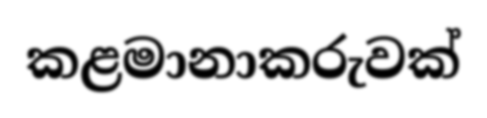
කළමානාකරුවක්